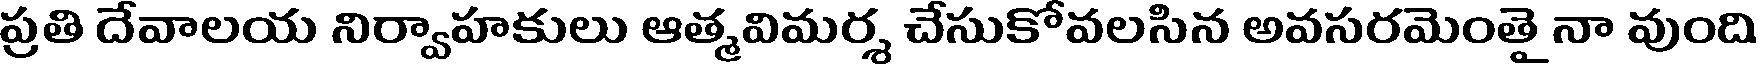
ప్రతి దేవాలయ నిర్వాహకులు ఆత్మవిమర్శ చేసుకోవలసిన అవసరమెంతై నా వుంది